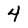
Character: 4